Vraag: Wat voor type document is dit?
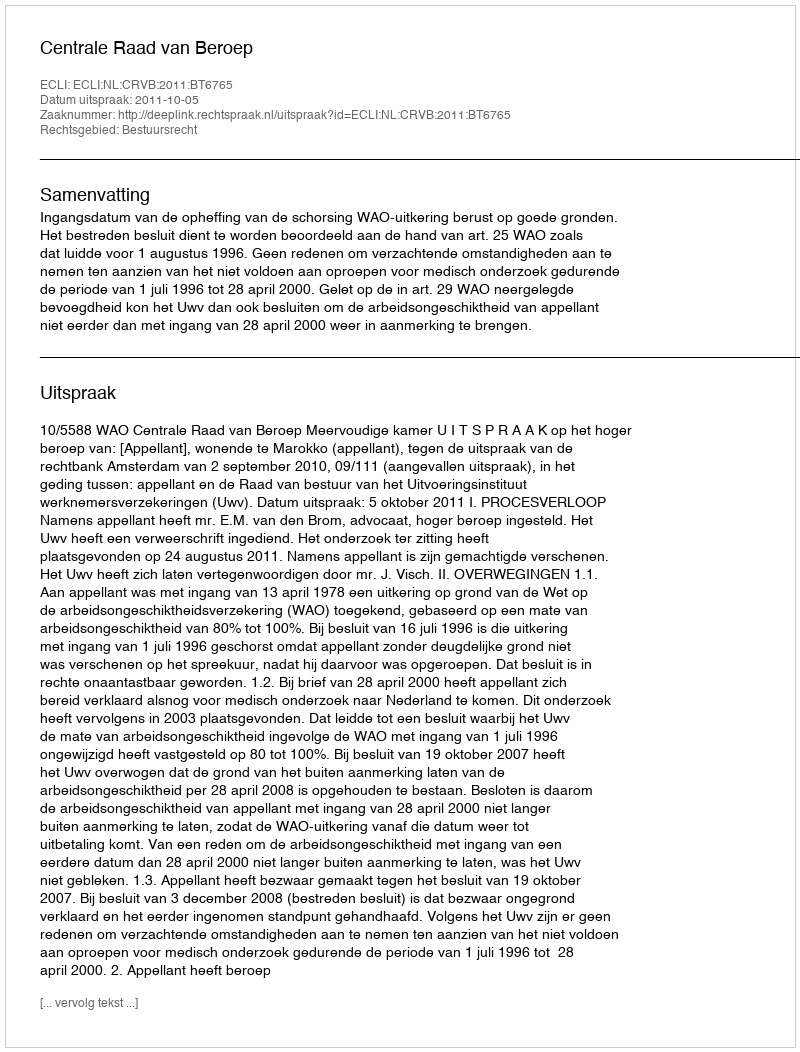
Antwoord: Uitspraak